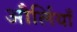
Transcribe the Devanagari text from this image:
और्लियाँ